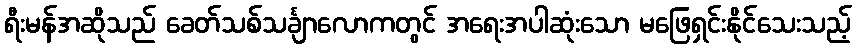
ရီးမန်အဆိုသည် ခေတ်သစ်သင်္ချာလောကတွင် အရေးအပါဆုံးသော မဖြေရှင်းနိုင်သေးသည့်